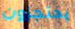
يحتجزون